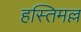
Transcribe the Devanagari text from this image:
हस्तिमल्ल